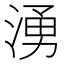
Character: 湧